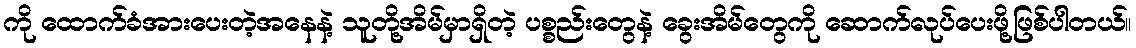
ကို ထောက်ခံအားပေးတဲ့အနေနဲ့ သူတို့အိမ်မှာရှိတဲ့ ပစ္စည်းတွေနဲ့ ခွေးအိမ်တွေကို ဆောက်လုပ်ပေးဖို့ဖြစ်ပါတယ်။